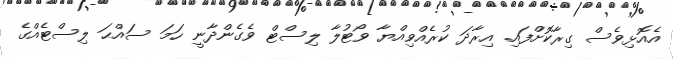
އެއޮޅިވެސް ގިރާކޮށްފައި. އިރާދަ ކުރެއްވިއްޔާ ވޯޓުލާ ލިސްޓް ވެގެންދާނީ ހަމަ ސައްޙަ ލިސްޓެއްގެ